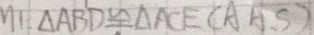
\Delta A B D \cong \Delta A C E ( A A S )